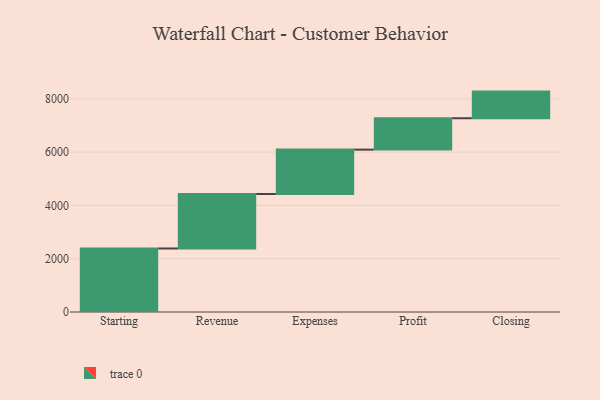
{"axis": {"x": "Step", "y": "Value"}, "legend": [""], "data": [{"x": "Starting", "y": 2384.0, "type": ""}, {"x": "Revenue", "y": 2045.0, "type": ""}, {"x": "Expenses", "y": 1666.0, "type": ""}, {"x": "Profit", "y": 1178.0, "type": ""}, {"x": "Closing", "y": 1000, "type": ""}]}